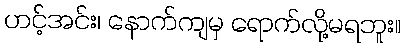
ဟင့်အင်း၊ နောက်ကျမှ ရောက်လို့မရဘူး။